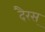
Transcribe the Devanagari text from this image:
दैरस्